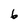
Character: 6